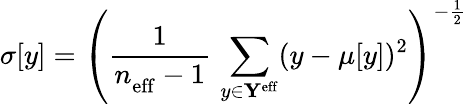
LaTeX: \sigma[y]=\left(\frac{1}{n_{\mathrm{eff}}^{\mathrm{}}-1}\, \sum_{y\in\mathbf{Y}^{\mathrm{eff}}}(y-\mu[y])^{2}\right)^{-\frac{1}{2}}